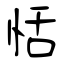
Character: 恬